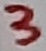
Text: 3